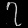
Digit: ၇